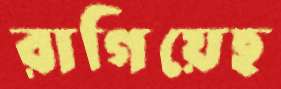
রাগিয়েছ